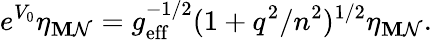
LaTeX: e^{V_{0}}\eta_{\mathbf{M}\mathcal{N}}=g_{\mathrm{{eff}}}^{-1/2}(1+q^{2}/n^{2})^{1/2}\eta_{\mathbf{M}\mathcal{N}}.